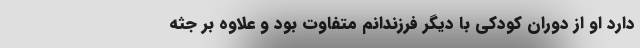
دارد او از دوران کودکی با دیگر فرزندانم متفاوت بود و علاوه بر جثه